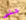
على